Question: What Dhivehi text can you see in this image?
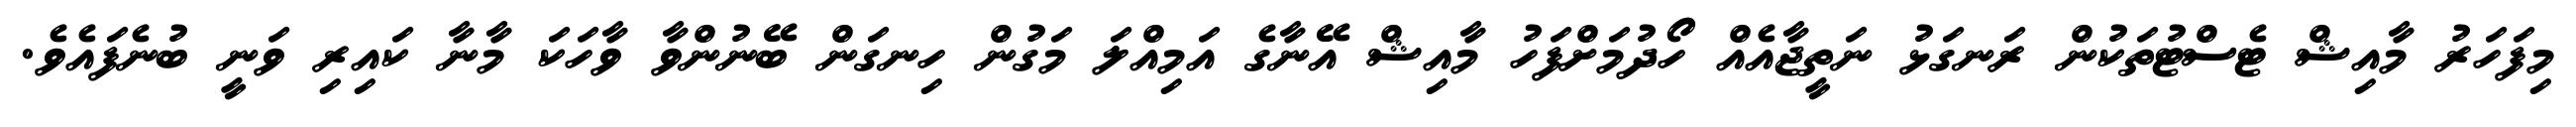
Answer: މިފަހަރު މާއިޝް ޓެސްޓުތަކުން ރަނގަޅު ނަތީޖާއެއް ހޯދުމަށްފަހު މާއިޝް އޭނާގެ އަމިއްލަ މަގުން ހިނގަން ބޭނުންވާ ވާހަކަ މާނާ ކައިރި ވަނީ ބުނެފައެވެ.